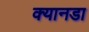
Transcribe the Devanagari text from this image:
क्यानडा